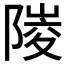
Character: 𨻎